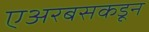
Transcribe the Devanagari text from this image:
एअरबसकडून